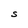
Character: S